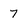
Character: 7